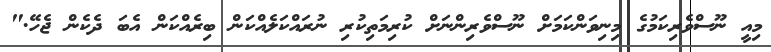
މިއީ ނޫސްވެރިކަމުގެ މިނިވަންކަމަށް ނޫސްވެރިންނަށް ކުރިމަތިކުރި ނުރައްކަލެއްކަން ބިރެއްކަން އެބަ ދެކެން ޖެހޭ."